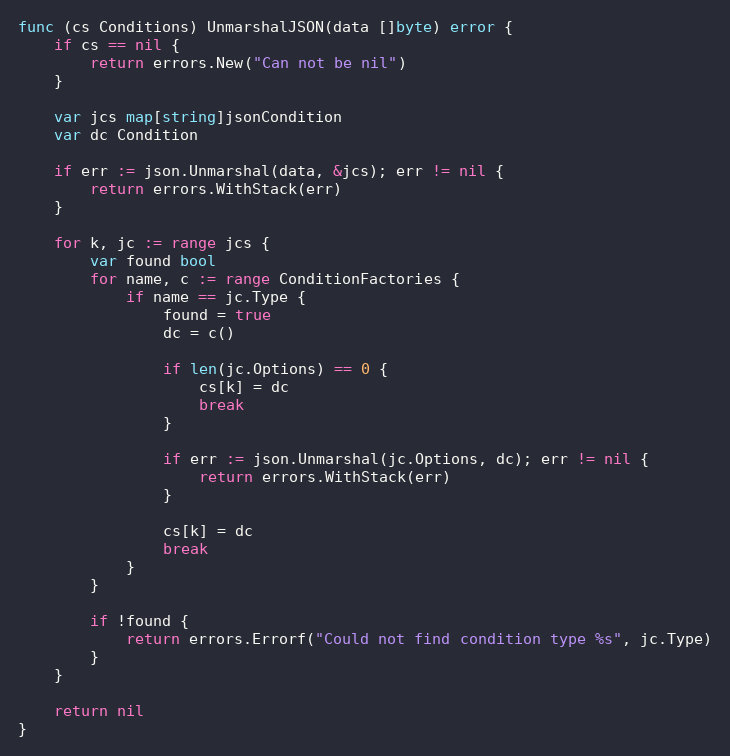
Language: Go
func (cs Conditions) UnmarshalJSON(data []byte) error {
	if cs == nil {
		return errors.New("Can not be nil")
	}

	var jcs map[string]jsonCondition
	var dc Condition

	if err := json.Unmarshal(data, &jcs); err != nil {
		return errors.WithStack(err)
	}

	for k, jc := range jcs {
		var found bool
		for name, c := range ConditionFactories {
			if name == jc.Type {
				found = true
				dc = c()

				if len(jc.Options) == 0 {
					cs[k] = dc
					break
				}

				if err := json.Unmarshal(jc.Options, dc); err != nil {
					return errors.WithStack(err)
				}

				cs[k] = dc
				break
			}
		}

		if !found {
			return errors.Errorf("Could not find condition type %s", jc.Type)
		}
	}

	return nil
}